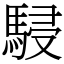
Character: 駸